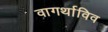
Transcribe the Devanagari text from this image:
वागर्थाविव